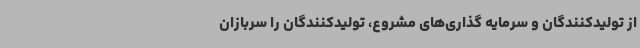
از تولیدکنندگان و سرمایه گذاری‌های مشروع، تولیدکنندگان را سربازان